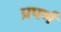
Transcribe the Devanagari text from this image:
प्रपर्ण